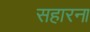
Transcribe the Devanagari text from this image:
सहारना